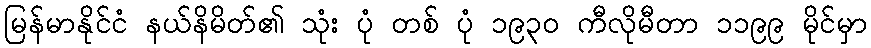
မြန်မာနိုင်ငံ နယ်နိမိတ်၏ သုံး ပုံ တစ် ပုံ ၁၉၃၀ ကီလိုမီတာ ၁၁၉၉ မိုင်မှာ